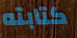
كتابته